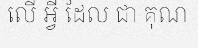
លើ អ្វី ដែល ជា គុណ